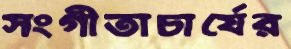
সংগীতাচার্যের